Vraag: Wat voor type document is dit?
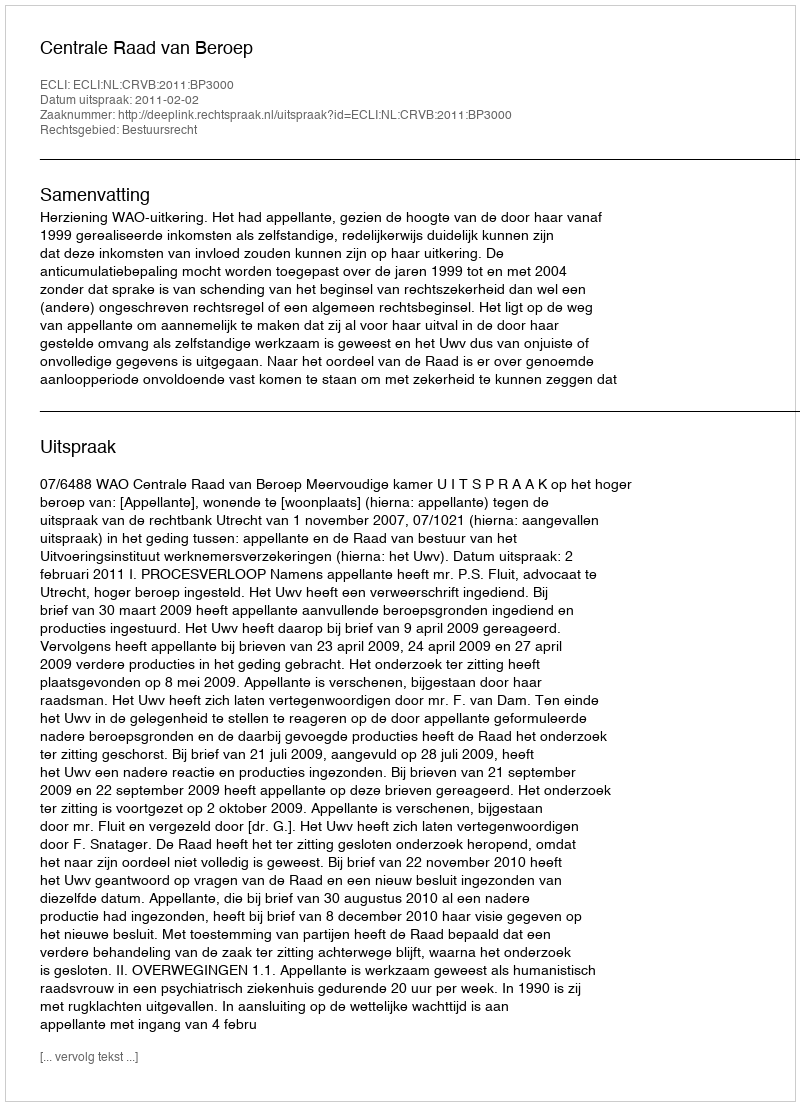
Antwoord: Uitspraak